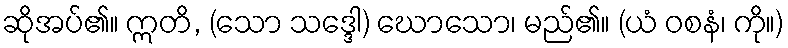
ဆိုအပ်၏။ ဣတိ, (သော သဒ္ဒေါ) ဃောသော၊ မည်၏။ (ယံ ဝစနံ၊ ကို။)